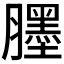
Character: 𦢓